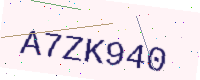
Text: A7ZK940